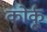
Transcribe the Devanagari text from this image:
कोर्कू